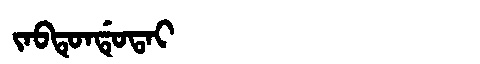
Manchu: ᠵᠠᠪᡨᡠᠨᡩᡠᡨᠠᡳ
Romanization: JABTUNDUTAI